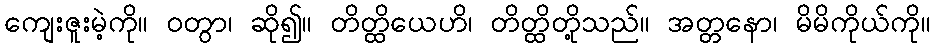
ကျေးဇူးမဲ့ကို။ ဝတွာ၊ ဆို၍။ တိတ္ထိယေဟိ၊ တိတ္ထိတို့သည်။ အတ္တနော၊ မိမိကိုယ်ကို။